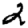
Digit: 2